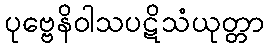
ပုဗ္ဗေနိဝါသပဋိသံယုတ္တာ